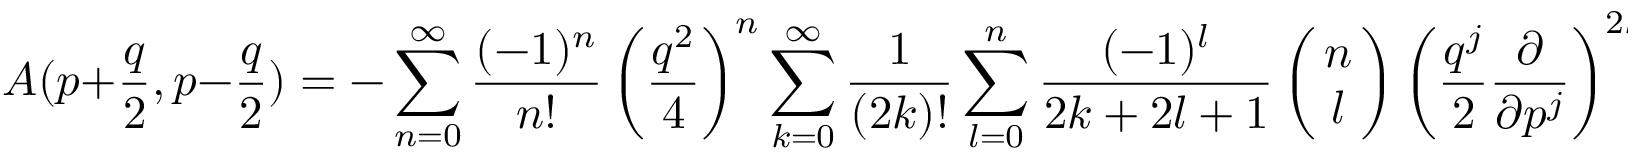
A ( p + \frac { q } { 2 } , p - \frac { q } { 2 } ) \: = \: - \sum _ { n = 0 } ^ { \infty } \frac { ( - 1 ) ^ { n } } { n ! } \left( \frac { q ^ { 2 } } { 4 } \right) ^ { n } \sum _ { k = 0 } ^ { \infty } \frac { 1 } { ( 2 k ) ! } \sum _ { l = 0 } ^ { n } \frac { ( - 1 ) ^ { l } } { 2 k + 2 l + 1 } \: \left( \! \! \begin{array} { c } { { n } } \\ { { l } } \end{array} \! \! \right) \: \left( \frac { q ^ { j } } { 2 } \frac { \partial } { \partial p ^ { j } } \right) ^ { 2 k } T _ { a } ^ { ( n + 1 ) } ( p ) \; \; .